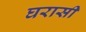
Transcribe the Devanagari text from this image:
घरासी